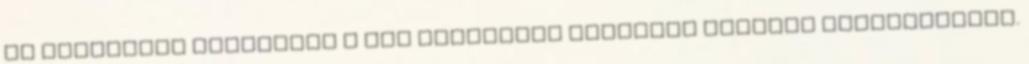
is tiltották szigorúan a vér bármilyen formában történő fogyasztásat.